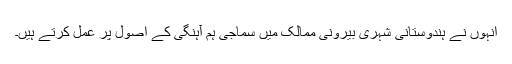
انہوں نے ہندوستانی شہری بیرونی ممالک میں سماجی ہم آہنگی کے اصول پر عمل کرتے ہیں۔